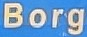
Borg